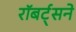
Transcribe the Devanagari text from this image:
रॉबर्ट्सने